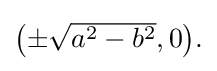
{\textstyle {\bigl (}{\pm }{\sqrt {a^{2}-b^{2}}},0{\bigr )}.}